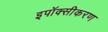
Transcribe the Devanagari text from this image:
इपॉक्सीकरण